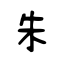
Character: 朱